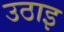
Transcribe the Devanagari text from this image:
उठाइ